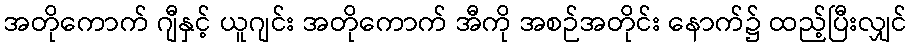
အတိုကောက် ဂျီနှင့် ယူဂျင်း အတိုကောက် အီကို အစဉ်အတိုင်း နောက်၌ ထည့်ပြီးလျှင်